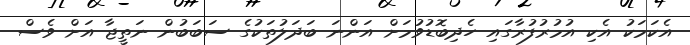
އެކަމަކު އެކި އުމުރުފުރާގައި ހެދިބޮޑުވުމަށް އަންނަ ބަދަލުތަކުގެ ސަބަބުން ނަތީޖާ އަށް ވެސް